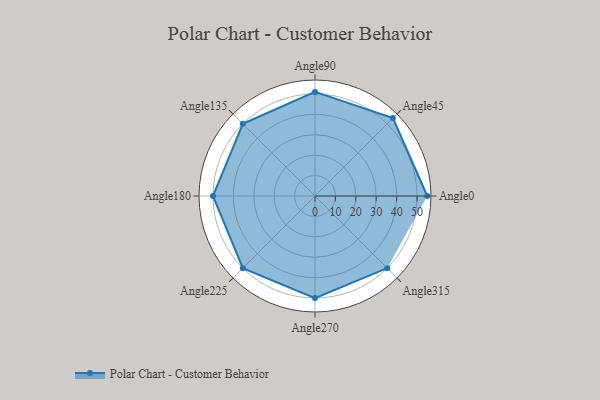
{"axis": {"x": "Angle", "y": "Radius"}, "legend": [""], "data": [{"x": "Angle0", "y": 55.0, "type": ""}, {"x": "Angle45", "y": 54.0, "type": ""}, {"x": "Angle90", "y": 51.0, "type": ""}, {"x": "Angle135", "y": 50, "type": ""}, {"x": "Angle180", "y": 50, "type": ""}, {"x": "Angle225", "y": 50, "type": ""}, {"x": "Angle270", "y": 50, "type": ""}, {"x": "Angle315", "y": 50, "type": ""}]}